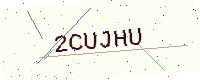
Text: 2CUJHU